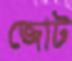
জোট